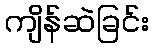
ကျိန်ဆဲခြင်း